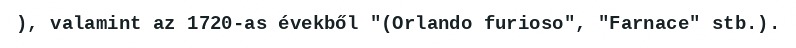
), valamint az 1720-as évekből "(Orlando furioso", "Farnace" stb.).